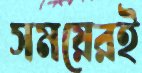
সময়েরই